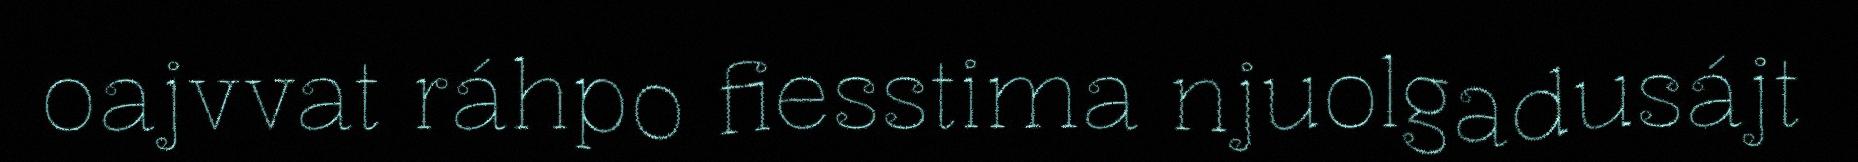
oajvvat ráhpo fiesstima njuolgadusájt